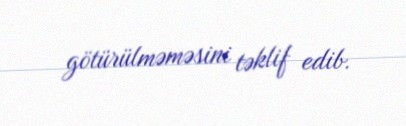
götürülməməsini təklif edib.